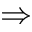
\Rightarrow